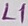
Text: L1